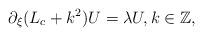
LaTeX: \begin{align*}\partial_{\xi} (L_c + k^2) U = \lambda U, k \in \mathbb{Z},\end{align*}